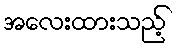
အလေးထားသည့်